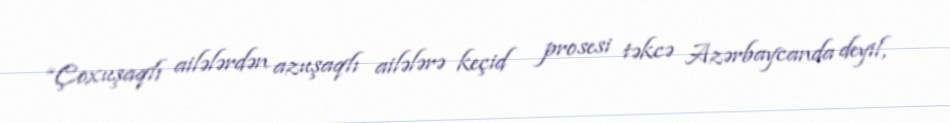
“Çoxuşaqlı ailələrdən azuşaqlı ailələrə keçid prosesi təkcə Azərbaycanda deyil,